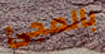
بالمجئ